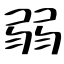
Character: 弱